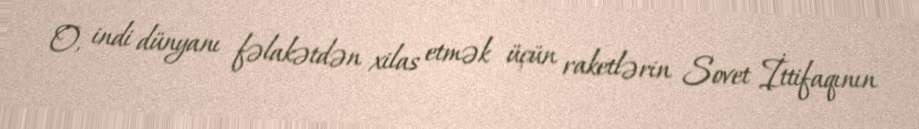
O, indi dünyanı fəlakətdən xilas etmək üçün raketlərin Sovet İttifaqının